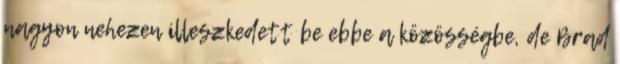
nagyon nehezen illeszkedett be ebbe a közösségbe, de Brad